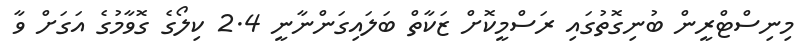
މިނިސްޓްރީން ބުނިގޮތުގައި ރަސްމީކޮށް ޒަކާތް ބަލައިގަންނާނީ 2.4 ކިލޯގެ ގޮވާމުގެ އަގަށް ވާ